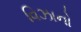
વિઝાનો